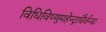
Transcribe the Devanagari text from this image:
विधिविष्णुमहेन्द्राद्यैर्वन्द्यः